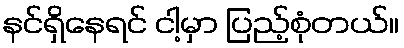
နင်ရှိနေရင် ငါ့မှာ ပြည့်စုံတယ်။